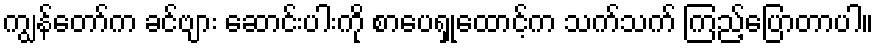
ကျွန်တော်က ခင်ဗျား ဆောင်းပါးကို စာပေရှုထောင့်က သက်သက် ကြည့်ပြောတာပါ။